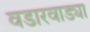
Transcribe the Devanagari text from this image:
वडारवाड्या